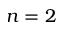
n = 2